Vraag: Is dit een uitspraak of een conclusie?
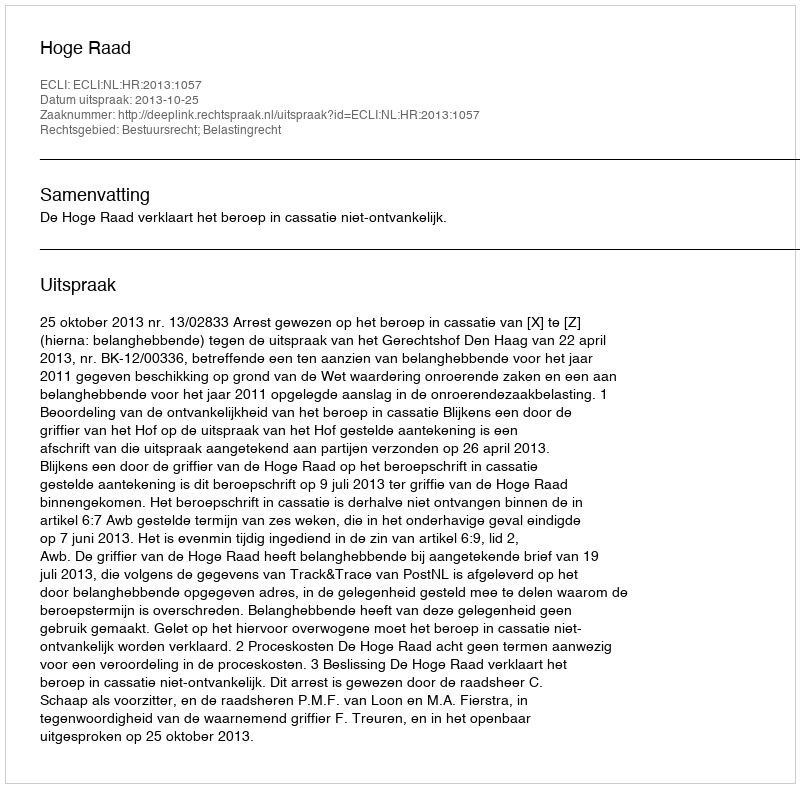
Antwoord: Uitspraak